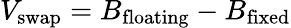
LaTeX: V_{\mathrm{swap}}=B_{\mathrm{floating}}-B_{\mathrm{fixed}}